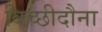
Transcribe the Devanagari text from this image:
बिच्छीदौना